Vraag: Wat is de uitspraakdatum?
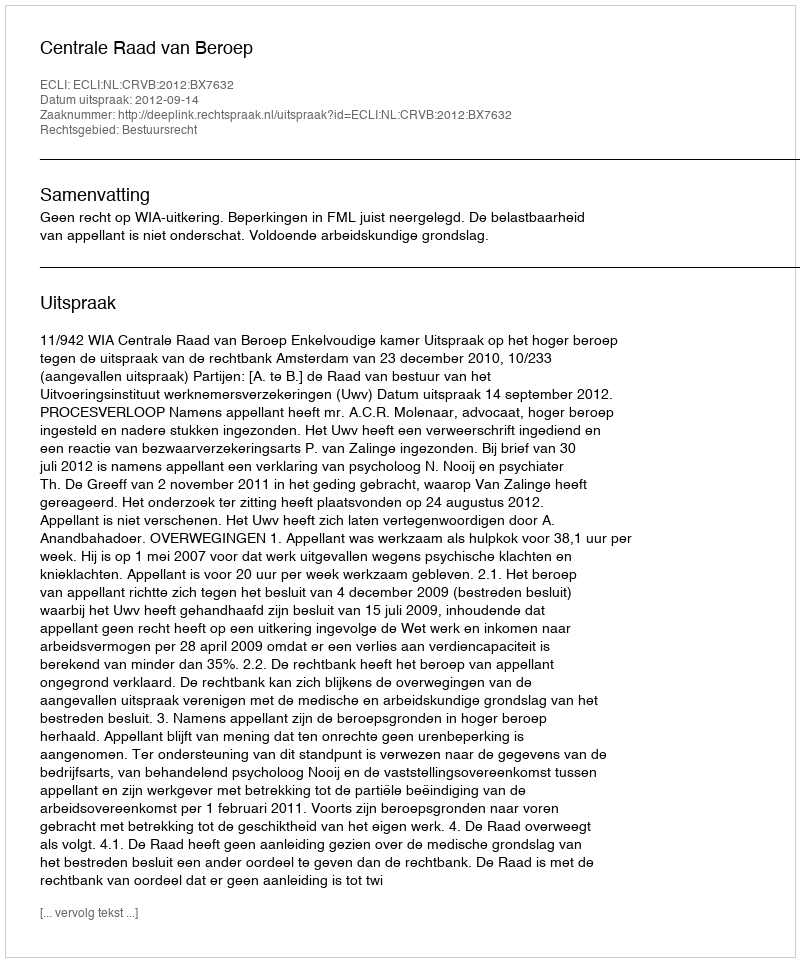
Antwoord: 2012-09-14